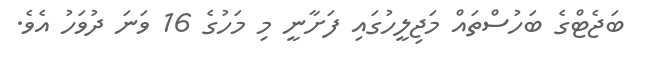
ބަޖެޓްގެ ބަހުސްތައް މަޖިލީހުގައި ފަށާނީ މި މަހުގެ 16 ވަނަ ދުވަހު އެވެ.